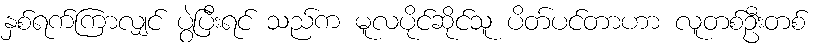
နှစ်ရက်ကြာလျှင် ပွဲပြီးရင် သည်က မူလပိုင်ဆိုင်သူ ပိတ်ပင်တာဟာ လူတစ်ဦးတစ်